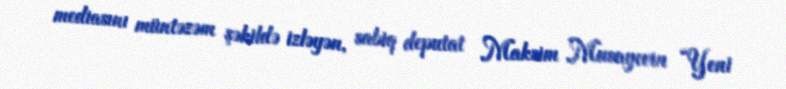
mediasını müntəzəm şəkildə izləyən, sabiq deputat Maksim Musayevin “Yeni